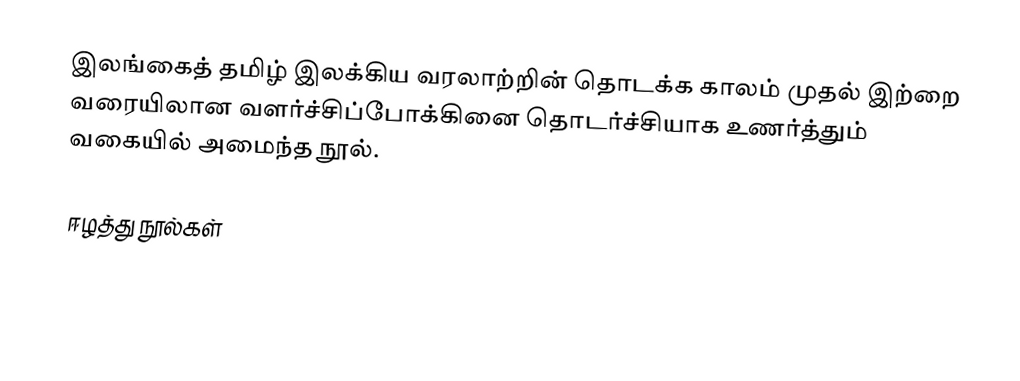
இலங்கைத் தமிழ் இலக்கிய வரலாற்றின் தொடக்க காலம் முதல் இற்றை வரையிலான வளர்ச்சிப்போக்கினை தொடர்ச்சியாக உணர்த்தும் வகையில் அமைந்த நூல்.

ஈழத்து நூல்கள்